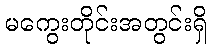
မကွေးတိုင်းအတွင်းရှိ